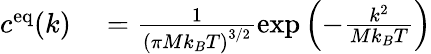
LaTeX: \begin{array}{rl}{c^{\mathrm{eq}}(k)}&{{}=\frac{1}{\left(\pi Mk_{B}T\right)^{3/2}}\exp\left(-\frac{k^{2}}{Mk_{B}T}\right)}\end{array}